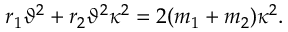
r _ { 1 } \vartheta ^ { 2 } + r _ { 2 } \vartheta ^ { 2 } \kappa ^ { 2 } = 2 ( m _ { 1 } + m _ { 2 } ) \kappa ^ { 2 } .